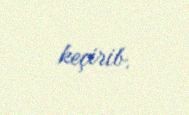
keçirib.